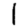
Digit: 1